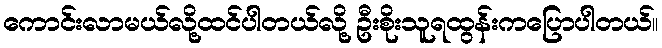
ကောင်းလာမယ်လို့ထင်ပါတယ်လို့ ဦးစိုးသူရထွန်းကပြောပါတယ်။